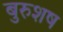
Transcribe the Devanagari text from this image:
बुरुशष